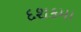
દશકમા